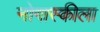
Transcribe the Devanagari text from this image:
नोगास्कीला